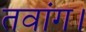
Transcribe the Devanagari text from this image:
तवांग।